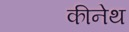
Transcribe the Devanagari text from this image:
कीनेथ